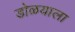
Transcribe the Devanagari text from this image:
डोळयाला